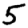
Digit: 5